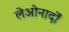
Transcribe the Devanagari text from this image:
लेओनार्दों